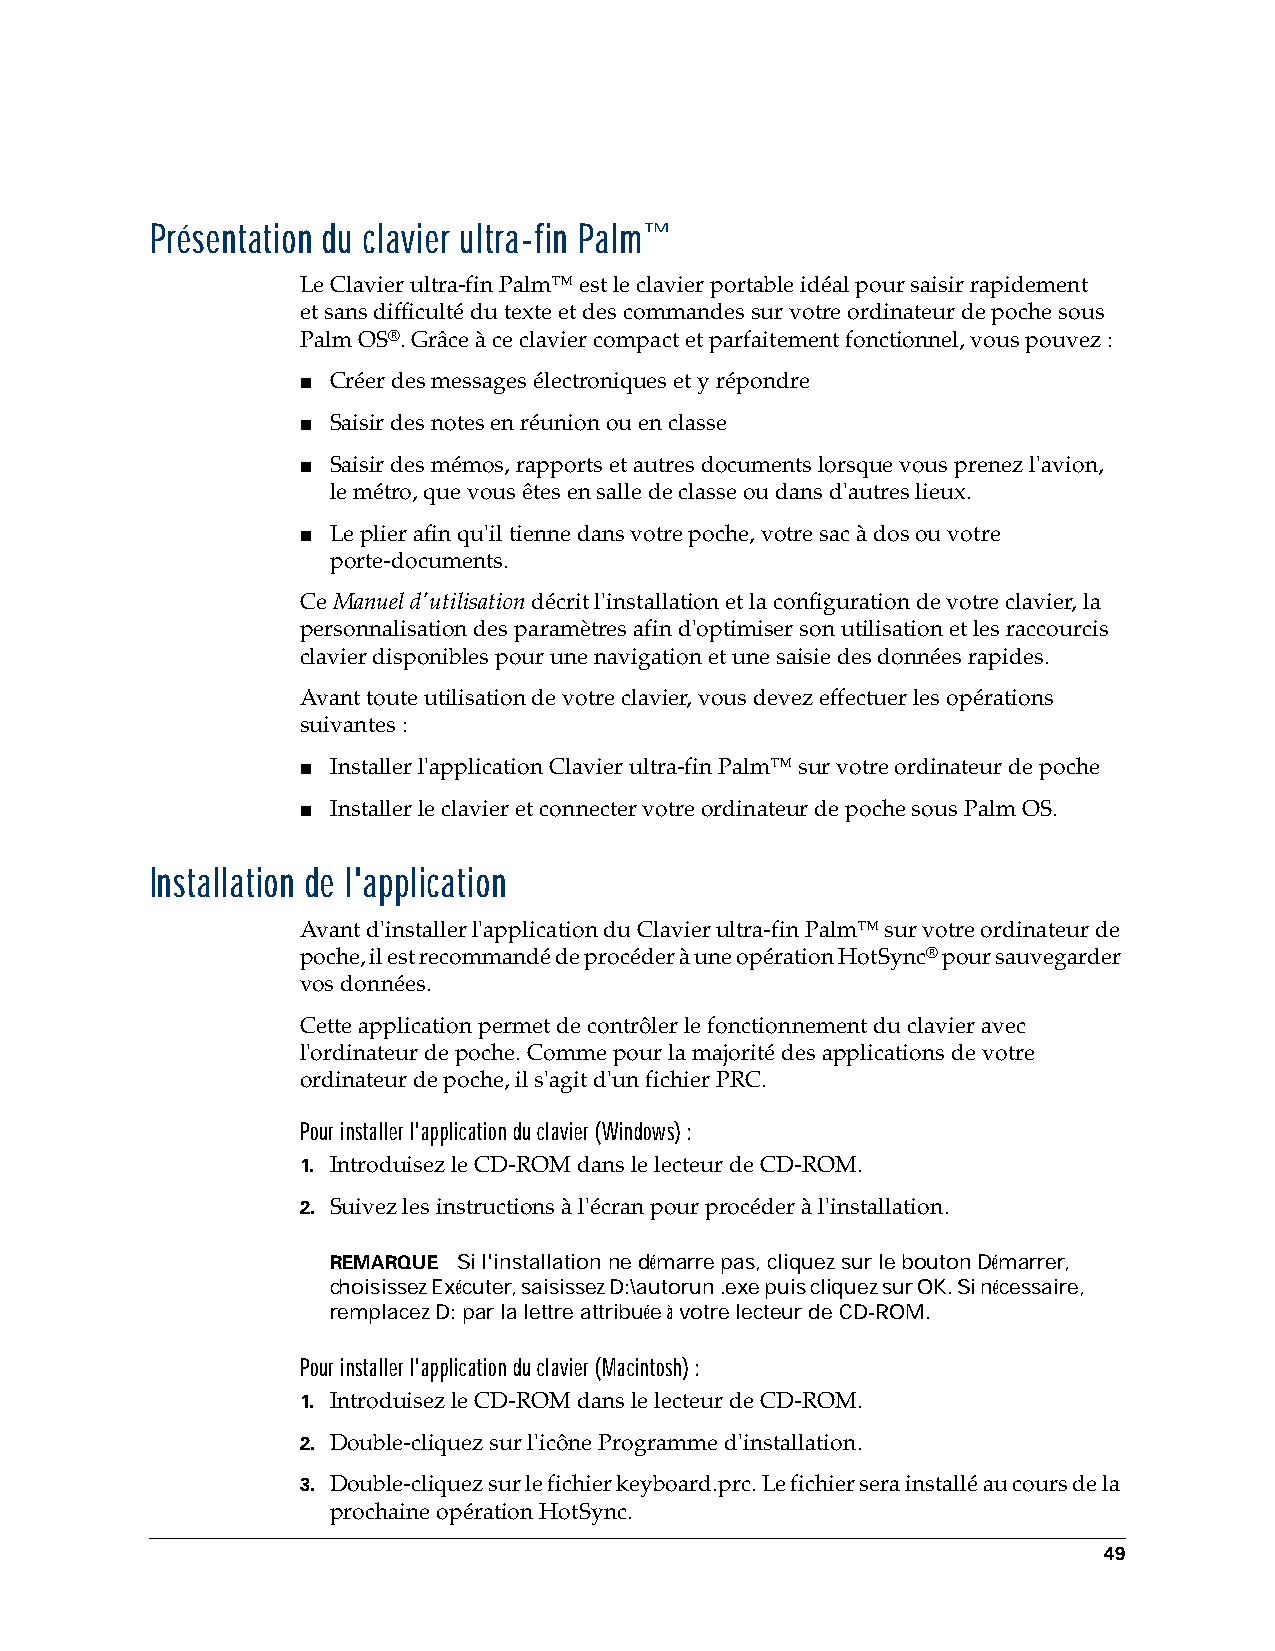
Présentation du clavier ultra-fin Palm™
 Le Clavier ultra-fin Palm™ est le clavier portable idéal pour saisir rapidement
 etsans difficulté du texte et des commandes sur votre ordinateur de poche sous
 PalmOS®. Grâce à ce clavier compact et parfaitement fonctionnel, vous pouvez:
 ■ Créer des messages électroniques et y répondre
 ■ Saisir des notes en réunion ou en classe
 ■ Saisir des mémos, rapports et autres documents lorsque vous prenez l'avion,
 lemétro, que vous êtes en salle de classe ou dans d'autres lieux.
 ■ Le plier afin qu'il tienne dans votre poche, votre sac à dos ou votre
 porte-documents.
 Ce Manuel d'utilisation décrit l'installation et la configuration de votre clavier, la
 personnalisation des paramètres afin d'optimiser son utilisation et les raccourcis
 clavier disponibles pour une navigation et une saisie des données rapides.
 Avant toute utilisation de votre clavier, vous devez effectuer les opérations
 suivantes:
 ■ Installer l'application Clavier ultra-fin Palm™ sur votre ordinateur de poche
 ■ Installer le clavier et connecter votre ordinateur de poche sous Palm OS.
 Installation de l'application
 Avant d'installer l'application du Clavier ultra-fin Palm™ sur votre ordinateur de
 poche, il est recommandé de procéder à une opération HotSync® pour sauvegarder
 vos données.
 Cette application permet de contrôler le fonctionnement du clavier avec
 l'ordinateur de poche. Comme pour la majorité des applications de votre
 ordinateur de poche, il s'agit d'un fichier PRC.
 Pour installer l'application du clavier (Windows) :
 1. Introduisez le CD-ROM dans le lecteur de CD-ROM.
 2. Suivez les instructions à l'écran pour procéder à l'installation.
 REMARQUE Si l'installation ne démarre pas, cliquez sur le bouton Démarrer,
 choisissez Exécuter, saisissez D:\autorun.exe puis cliquez sur OK. Si nécessaire,
 remplacez D: par la lettre attribuée à votre lecteur de CD-ROM.
 Pour installer l'application du clavier (Macintosh) :
 1. Introduisez le CD-ROM dans le lecteur de CD-ROM.
 2. Double-cliquez sur l'icône Programme d'installation.
 3. Double-cliquez sur le fichier keyboard.prc. Le fichier sera installé au cours de la
 prochaine opération HotSync.
 49